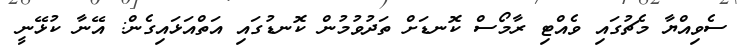
ސެވިއްޔާ މެޗުގައި ވެއްޓި ރާމޯސް ކޮނޑަށް ތަދުވުމުން ކޮނޑުގައި އަތްއަޅައިގެން: އޭނާ ކުޅޭނީ